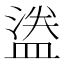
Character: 𬐮